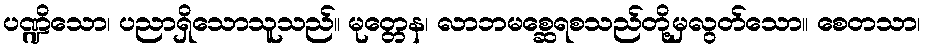
ပဏ္ဍိသော၊ ပညာရှိသောသူသည်။ မုတ္တေန၊ လာဘမစ္ဆေရစသည်တို့မှလွတ်သော။ စေတသာ၊